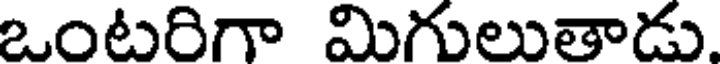
ఒంటరిగా మిగులుతాడు.